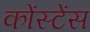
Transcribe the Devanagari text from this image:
कोंस्टेंस